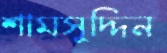
শামসুদ্দিন